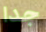
جدا